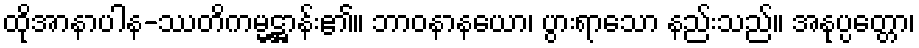
ထိုအာနာပါန-ဿတိကမ္မဋ္ဌာန်း၏။ ဘာဝနာနယော၊ ပွားရာသော နည်းသည်။ အနုပ္ပတ္တော၊